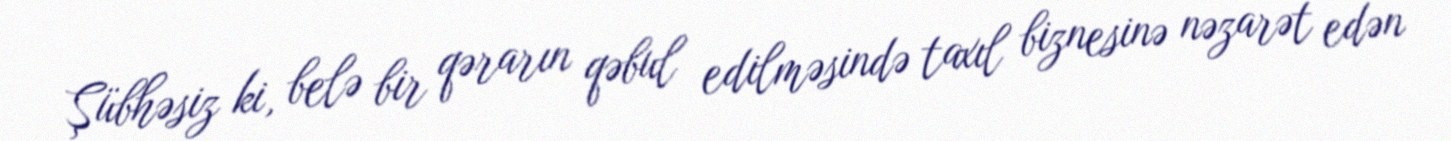
Şübhəsiz ki, belə bir qərarın qəbul edilməsində taxıl biznesinə nəzarət edən